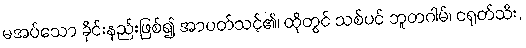
မအပ်သော ခိုင်းနည်းဖြစ်၍ အာပတ်သင့်၏၊ ထိုတွင် သစ်ပင် ဘူတဂါမ်၊ ငရုတ်သီး,